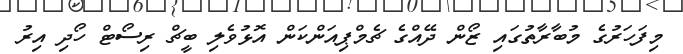
މިފަހަރުގެ މުބާރާތުގައި ޒޯން ދޭއްގެ ޗެމްޕިއަންކަން އޮޅުވެލި ބީޗް ރިސޯޓް ހޯދި އިރު